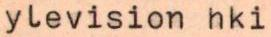
ylevision hki